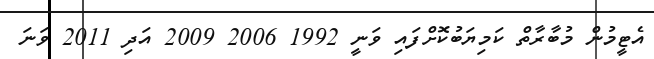
އެޓީމުން މުބާރާތް ކަމިޔަބުކޮށްފައި ވަނީ 1992 2006 2009 އަދި 2011 ވަނަ